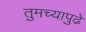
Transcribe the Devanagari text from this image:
तुमच्यापुढे